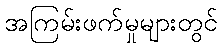
အကြမ်းဖက်မှုများတွင်